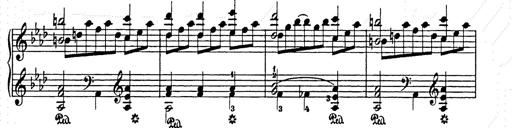
Title: Elegy No.1
Composer: Franz Liszt
Key: A-flat major